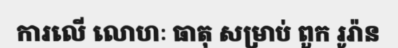
ការលើ លោហៈ ធាតុ សម្រាប់ ពួក រូរ៉ាន